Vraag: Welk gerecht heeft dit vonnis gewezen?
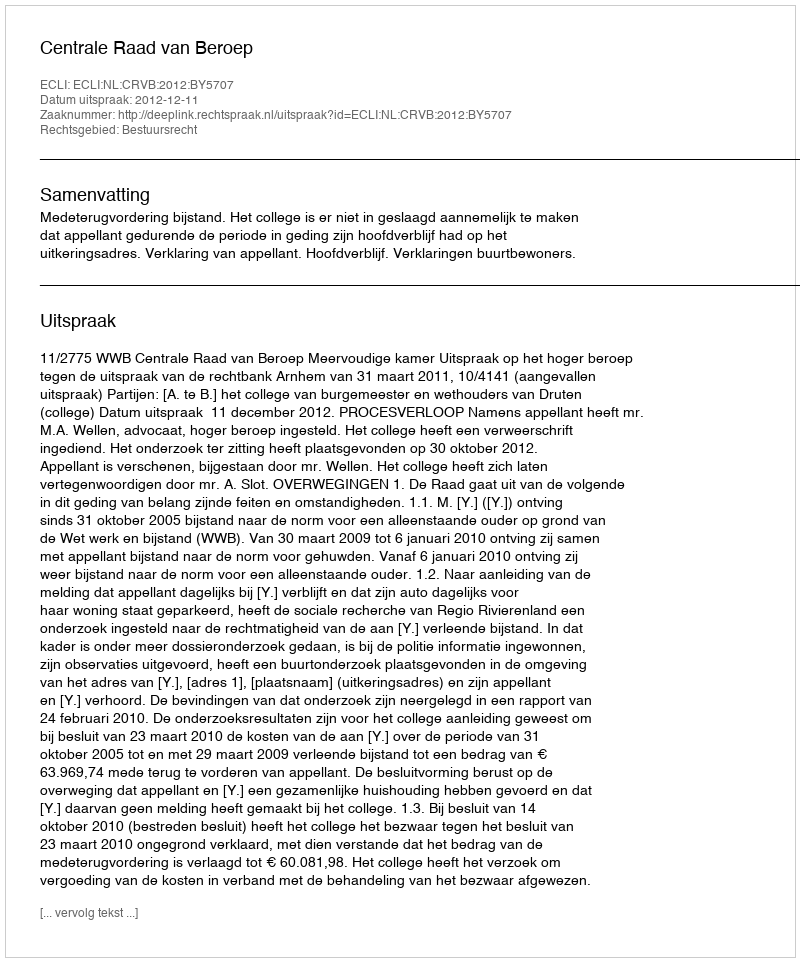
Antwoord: Centrale Raad van Beroep